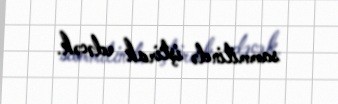
sammitində iştirak edəcək.